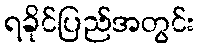
ရခိုင်ပြည်အတွင်း